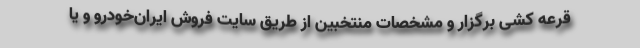
قرعه کشی برگزار و مشخصات منتخبین از طریق سایت فروش ایران‌خودرو و یا